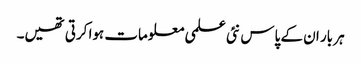
ہر بار ان کے پاس نئی علمی معلومات ہوا کرتی تھیں۔